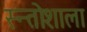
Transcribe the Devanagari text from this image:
स्न्तोशाला